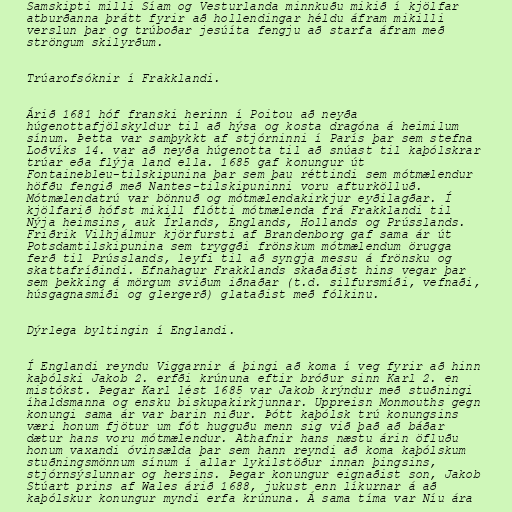
Samskipti milli Síam og Vesturlanda minnkuðu mikið í kjölfar
atburðanna þrátt fyrir að hollendingar héldu áfram mikilli
verslun þar og trúboðar jesúíta fengju að starfa áfram með
ströngum skilyrðum.

Trúarofsóknir í Frakklandi.

Árið 1681 hóf franski herinn í Poitou að neyða
húgenottafjölskyldur til að hýsa og kosta dragóna á heimilum
sínum. Þetta var samþykkt af stjórninni í París þar sem stefna
Loðvíks 14. var að neyða húgenotta til að snúast til kaþólskrar
trúar eða flýja land ella. 1685 gaf konungur út
Fontainebleu-tilskipunina þar sem þau réttindi sem mótmælendur
höfðu fengið með Nantes-tilskipuninni voru afturkölluð.
Mótmælendatrú var bönnuð og mótmælendakirkjur eyðilagðar. Í
kjölfarið hófst mikill flótti mótmælenda frá Frakklandi til
Nýja heimsins, auk Írlands, Englands, Hollands og Prússlands.
Friðrik Vilhjálmur kjörfursti af Brandenborg gaf sama ár út
Potsdamtilskipunina sem tryggði frönskum mótmælendum örugga
ferð til Prússlands, leyfi til að syngja messu á frönsku og
skattafríðindi. Efnahagur Frakklands skaðaðist hins vegar þar
sem þekking á mörgum sviðum iðnaðar (t.d. silfursmíði, vefnaði,
húsgagnasmíði og glergerð) glataðist með fólkinu.

Dýrlega byltingin í Englandi.

Í Englandi reyndu Viggarnir á þingi að koma í veg fyrir að hinn
kaþólski Jakob 2. erfði krúnuna eftir bróður sinn Karl 2. en
mistókst. Þegar Karl lést 1685 var Jakob krýndur með stuðningi
íhaldsmanna og ensku biskupakirkjunnar. Uppreisn Monmouths gegn
konungi sama ár var barin niður. Þótt kaþólsk trú konungsins
væri honum fjötur um fót hugguðu menn sig við það að báðar
dætur hans voru mótmælendur. Athafnir hans næstu árin öfluðu
honum vaxandi óvinsælda þar sem hann reyndi að koma kaþólskum
stuðningsmönnum sínum í allar lykilstöður innan þingsins,
stjórnsýslunnar og hersins. Þegar konungur eignaðist son, Jakob
Stúart prins af Wales árið 1688, jukust enn líkurnar á að
kaþólskur konungur myndi erfa krúnuna. Á sama tíma var Níu ára